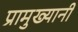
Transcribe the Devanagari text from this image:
प्रामुख्यानी